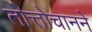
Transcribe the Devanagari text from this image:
तोत्तोचानने